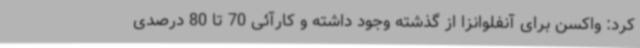
کرد: واکسن برای آنفلوانزا از گذشته وجود داشته و کارآئی 70 تا 80 درصدی